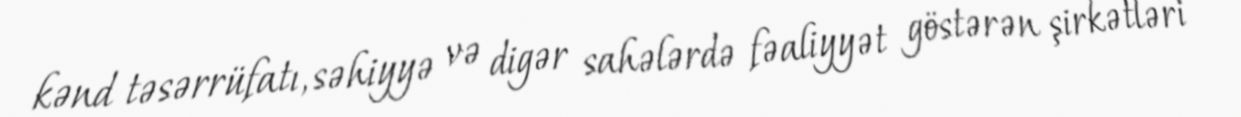
kənd təsərrüfatı, səhiyyə və digər sahələrdə fəaliyyət göstərən şirkətləri